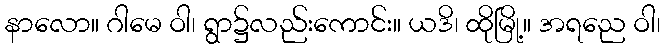
နာလော။ ဂါမေ ဝါ၊ ရွာ၌လည်းကောင်း။ ယဒိ၊ ထိုမြို့။ အရညေ ဝါ၊